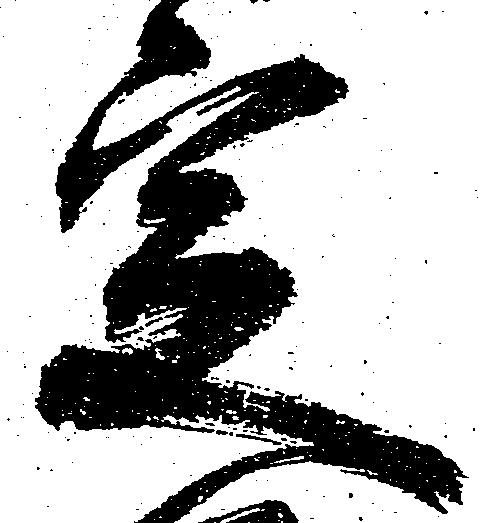
定